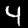
Digit: 4